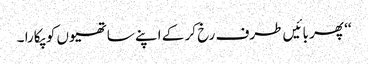
‘‘ پھر بائیں طرف رخ کر کے اپنے ساتھیوں کو پکارا ۔